Civil Veterinary Department Bihar reports 1940-50 - 1940-1950
Year: 1940
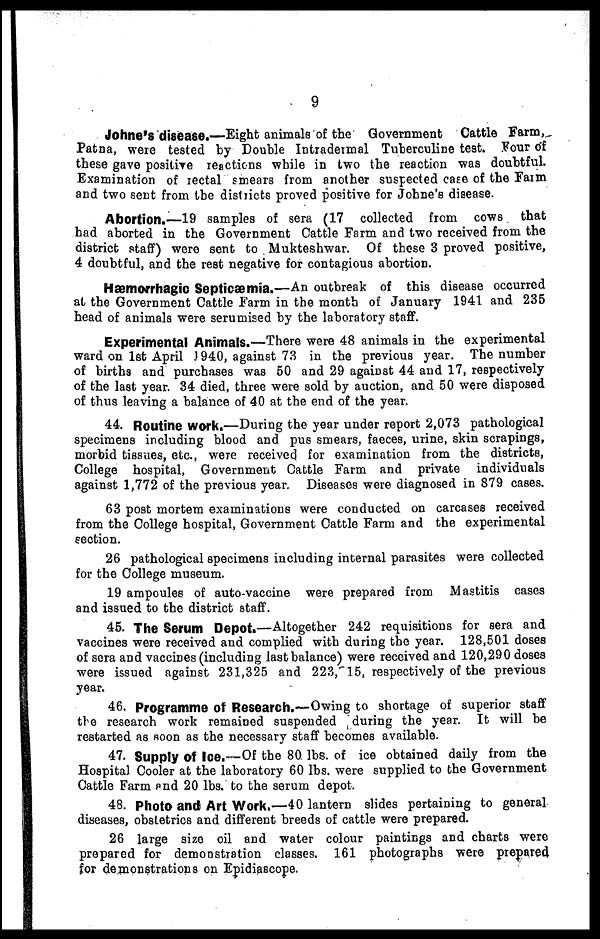
9
Johne's disease.—Eight animals of the Government Cattle Farm,
Patna, were tested by Double Intradermal Tuberculine test. Four of
these gave positive reactions while in two the reaction was doubtful.
Examination of rectal smears from another suspected case of the Farm
and two sent from the districts proved positive for Johne's disease.
Abortion.—19 samples of sera (17 collected from cows. that
had aborted in the Government Cattle Farm and two received from the
district staff) were sent to Mukteshwar. Of these 3 proved positive,
4 doubtful, and the rest negative for contagious abortion.
Hæmorrhagic Septicæmia.—An outbreak of this disease occurred
at the Government Cattle Farm in the month of January 1941 and 235
head of animals were serumised by the laboratory staff.
Experimental Animals.—There were 48 animals in the experimental
ward on 1st April J 940, against 73 in the previous year. The number
of births and purchases was 50 and 29 against 44 and 17, respectively
of the last year. 34 died, three were sold by auction, and 50 were disposed
of thus leaving a balance of 40 at the end of the year.
44. Routine work.—During the year under report 2,073 pathological
specimens including blood and pus smears, faeces, urine, skin scrapings,
morbid tissues, etc., were received for examination from the districts,
College hospital, Government Cattle Farm and private individuals
against 1,772 of the previous year. Diseases were diagnosed in 879 cases.
63 post mortem examinations were conducted on carcases received
from the College hospital, Government Cattle Farm and the experimental
section.
26 pathological specimens including internal parasites were collected
for the College museum.
19 ampoules of auto-vaccine were prepared from Mastitis cases
and issued to the district staff.
45. The Serum Depot.—Altogether 242 requisitions for sera and
vaccines were received and complied with during the year. 128,501 doses
of sera and vaccines (including last balance) were received and 120,290 doses
were issued against 231,325 and 223, 15, respectively of the previous
year.
46. Programme of Research.—Owing to shortage of superior staff
the research work remained suspended during the year. It will be
restarted as soon as the necessary staff becomes available.
47. Supply of Ice.—Of the 80. lbs. of ice obtained daily from the
Hospital Cooler at the laboratory 60 lbs. were supplied to the Government
Cattle Farm and 20 lbs. to the serum depot.
48. Photo and Art Work.—40 lantern slides pertaining to general
diseases, obstetrics and different breeds of cattle were prepared.
26 large size oil and water colour paintings and charts were
prepared for demonstration classes. 161 photographs were prepared
for demonstrations on Epidiascope.